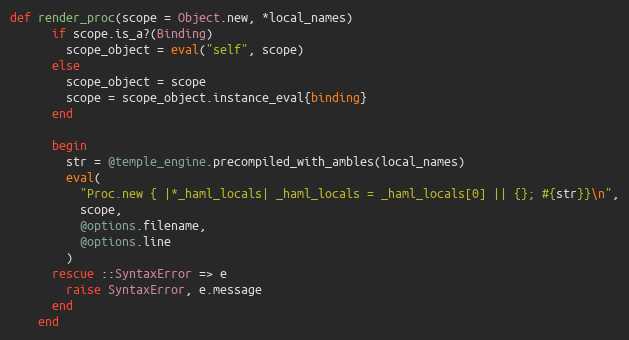
Language: Ruby
def render_proc(scope = Object.new, *local_names)
      if scope.is_a?(Binding)
        scope_object = eval("self", scope)
      else
        scope_object = scope
        scope = scope_object.instance_eval{binding}
      end

      begin
        str = @temple_engine.precompiled_with_ambles(local_names)
        eval(
          "Proc.new { |*_haml_locals| _haml_locals = _haml_locals[0] || {}; #{str}}\n",
          scope,
          @options.filename,
          @options.line
        )
      rescue ::SyntaxError => e
        raise SyntaxError, e.message
      end
    end